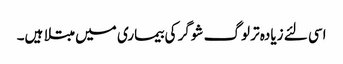
اسی لئے زیادہ تر لوگ شوگر کی بیماری میں مبتلا ہیں۔